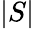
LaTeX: \vert S\vert